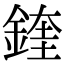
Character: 鍷